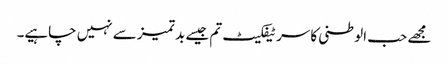
مجھے حب الوطنی کا سرٹیفکیٹ تم جیسے بد تمیز سے نہیں چاہیے۔